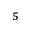
_ 5